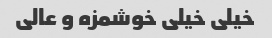
خیلی خیلی خوشمزه و عالی